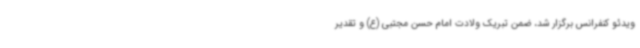
ویدئو کنفرانس برگزار شد، ضمن تبریک ولادت امام حسن مجتبی (ع) و تقدیر